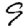
Digit: 9